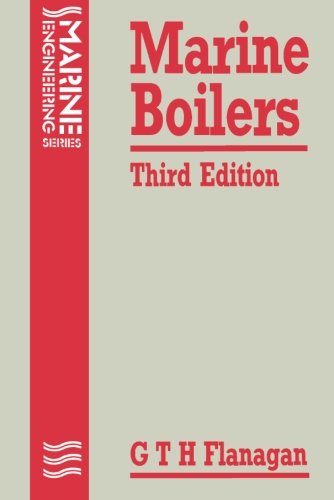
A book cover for Marine Boilers (Marine Engineering Series); G. T. H. Flanagan; Engineering & Transportation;